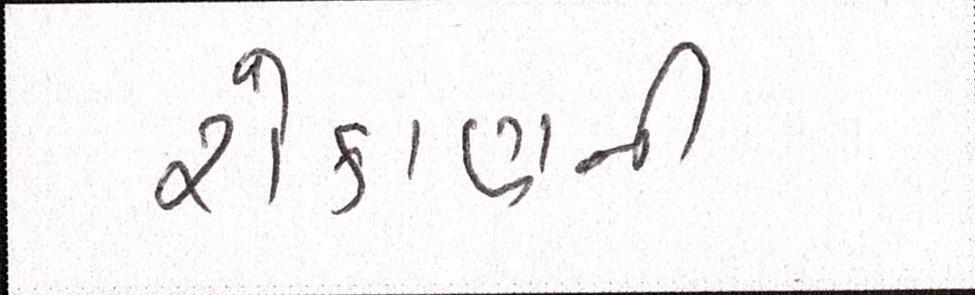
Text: રોકાણની